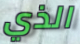
الذي